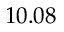
1 0 . 0 8